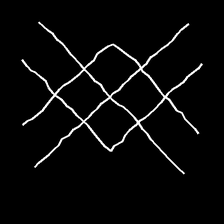
Glyph: crystal